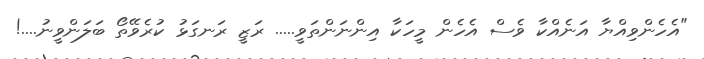
"އެހެންވިއްޔާ އަނެއްކާ ވެސް އެހެން މީހަކާ އިންނަންތަވީ..... ރަޒީ ރަނގަޅު ކުރެވޭތޯ ބަލަންވީނު....!